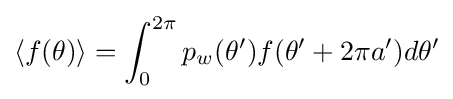
\langle f(\theta )\rangle =\int _{0}^{2\pi }p_{w}(\theta ')f(\theta '+2\pi a')d\theta '